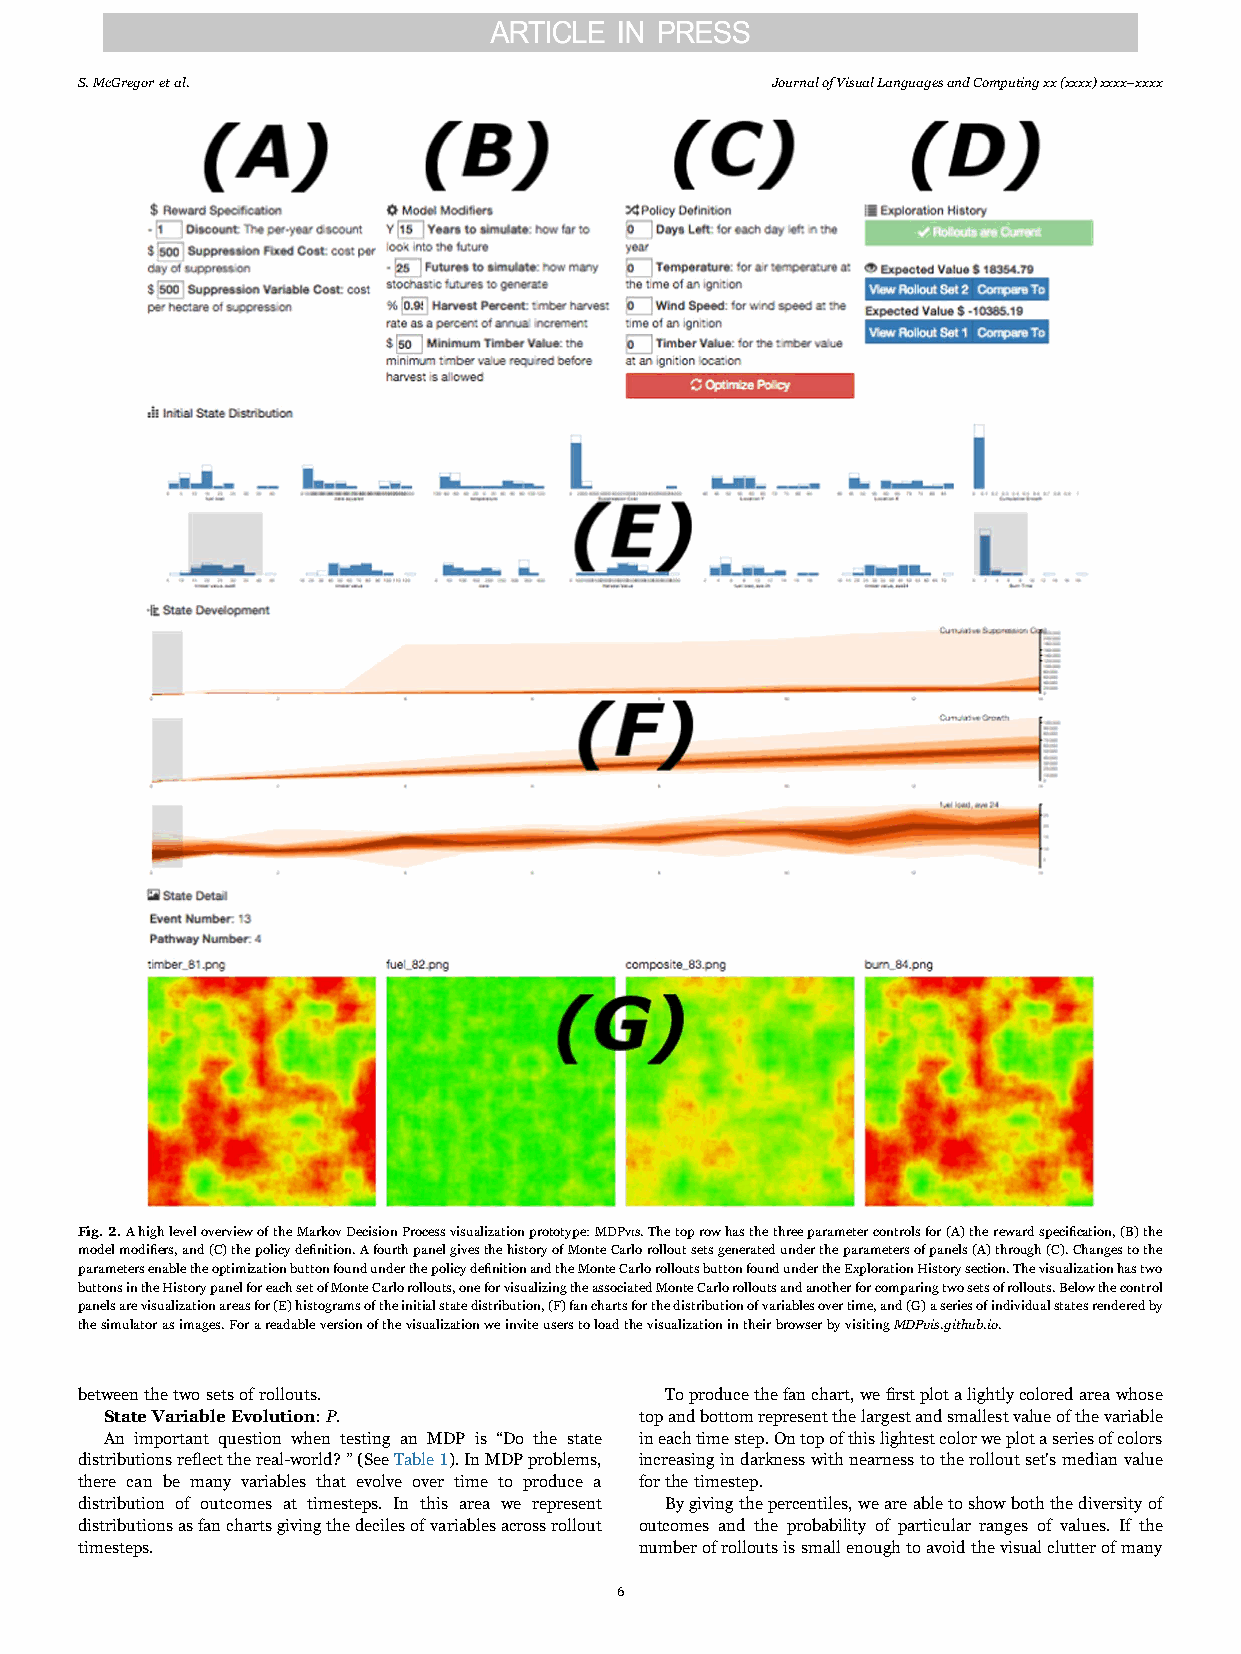
S.McGregoretal.                               Journal of Visual Languages and Computing xx (xxxx) xxxx–xxxx
 Fig.2.AhighleveloverviewoftheMarkovDecisionProcessvisualizationprototype:MDPVIS.Thetoprowhasthethreeparametercontrolsfor(A)therewardspecification,(B)the
 modelmodifiers,and(C)thepolicydefinition.AfourthpanelgivesthehistoryofMonteCarlorolloutsetsgeneratedundertheparametersofpanels(A)through(C).Changestothe
 parametersenabletheoptimizationbuttonfoundunderthepolicydefinitionandtheMonteCarlorolloutsbuttonfoundundertheExplorationHistorysection.Thevisualizationhastwo
 buttonsintheHistorypanelforeachsetofMonteCarlorollouts,oneforvisualizingtheassociatedMonteCarlorolloutsandanotherforcomparingtwosetsofrollouts.Belowthecontrol
 panelsarevisualizationareasfor(E)histogramsoftheinitialstatedistribution,(F)fanchartsforthedistributionofvariablesovertime,and(G)aseriesofindividualstatesrenderedby
 thesimulatorasimages.ForareadableversionofthevisualizationweinviteuserstoloadthevisualizationintheirbrowserbyvisitingMDPvis.github.io.
 betweenthetwosetsofrollouts.           Toproducethefanchart,wefirstplotalightlycoloredareawhose
 StateVariableEvolution:P.          topandbottomrepresentthelargestandsmallestvalueofthevariable
 An important question when testing an MDP is “Do the state ineachtimestep.Ontopofthislightestcolorweplotaseriesofcolors
 distributionsreflectthereal-world?”(SeeTable1).InMDPproblems, increasingindarknesswithnearnesstotherolloutset'smedianvalue
 there can be many variables that evolve over time to produce a forthetimestep.
 distribution of outcomes at timesteps. In this area we represent Bygivingthepercentiles,weareabletoshowboththediversityof
 distributionsasfanchartsgivingthedecilesofvariablesacrossrollout outcomes and the probability of particular ranges of values. If the
 timesteps.                           numberofrolloutsissmallenoughtoavoidthevisualclutterofmany
 6